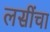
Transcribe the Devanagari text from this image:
लसींचा